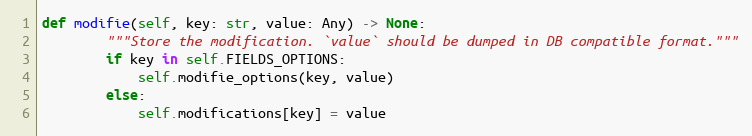
Language: Python
def modifie(self, key: str, value: Any) -> None:
        """Store the modification. `value` should be dumped in DB compatible format."""
        if key in self.FIELDS_OPTIONS:
            self.modifie_options(key, value)
        else:
            self.modifications[key] = value